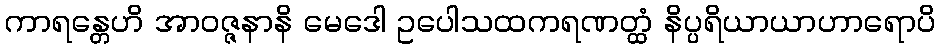
ကာရန္တေဟိ အာဝဇ္ဇနာနိ မေဒေါ ဥပေါသထကရဏတ္ထံ နိပ္ပရိယာယာဟာရောပိ